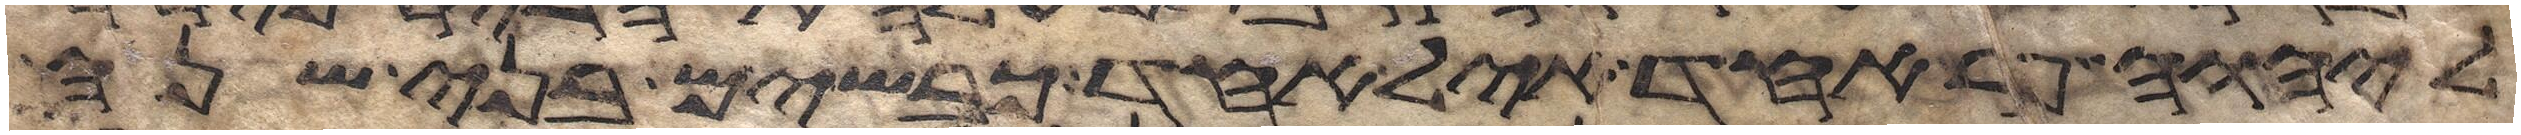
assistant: ליהוה פר אחד איל אחד כבשים בני שנה